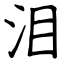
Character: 泪